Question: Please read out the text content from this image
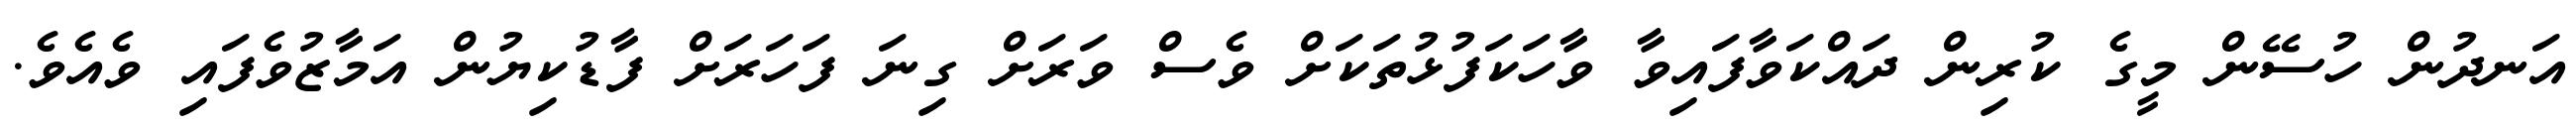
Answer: އަނދުން ހުސޭން މީގެ ކުރިން ދައްކަވާފައިވާ ވާހަކަފުޅުތަކަށް ވެސް ވަރަށް ގިނަ ފަހަރަށް ފާޑުކިޔުން އަމާޒުވެފައި ވެއެވެ.